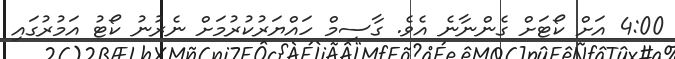
4:00 އަށް ކޯޓަށް ގެންނާނެ އެވެ. ގާސިމް ހައްޔަރުކުރުމަށް ނެރުނު ކޯޓު އަމުރުގައި